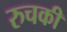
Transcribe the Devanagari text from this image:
रुचकी